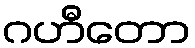
ဂဟီတော